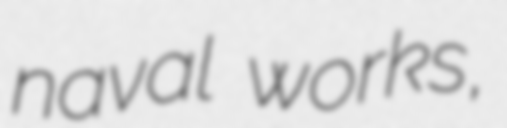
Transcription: naval works,